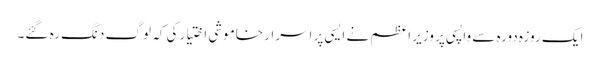
ایک روزہ دورہ سے واپسی پر وزیر اعظم نے ایسی پر اسرار خاموشی اختیار کی کہ لوگ دنگ رہ گئے۔